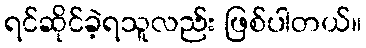
ရင်ဆိုင်ခဲ့ရသူလည်း ဖြစ်ပါတယ်။